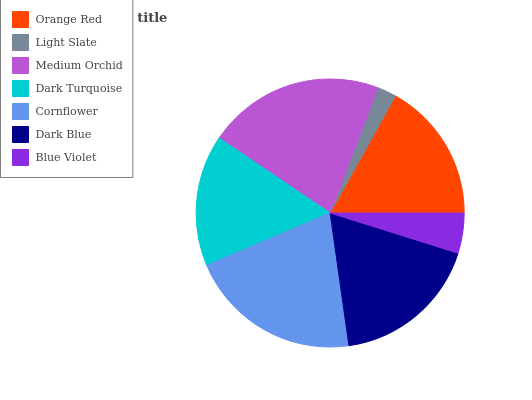
| Orange Red | Light Slate | Medium Orchid | Dark Turquoise | Cornflower | Dark Blue | Blue Violet |
 | --- | --- | --- | --- | --- | --- | --- |
 | 16.9% | 2.29% | 21.3% | 15.8% | 20.8% | 18% | 4.84% |